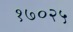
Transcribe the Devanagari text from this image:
१७०२५